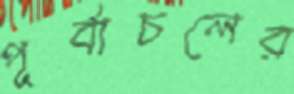
পূর্বাচলের